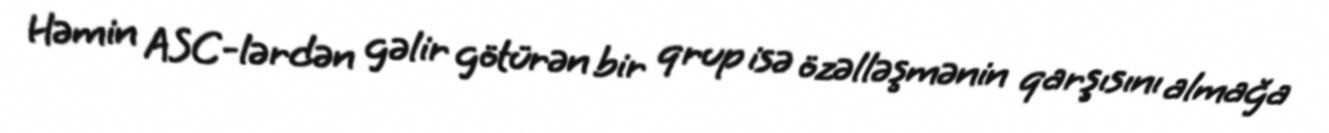
Həmin ASC-lərdən gəlir götürən bir qrup isə özəlləşmənin qarşısını almağa